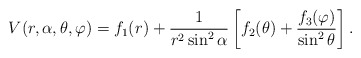
\begin{align*}V(r,\alpha,\theta ,\varphi )=f_{1}(r)+\frac{1}{r^{2}\sin ^{2}\alpha } \left[f_{2}(\theta )+ \frac{f_{3}(\varphi )}{\sin ^{2}\theta } \right].\end{align*}